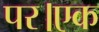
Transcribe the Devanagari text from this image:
पर।एक